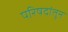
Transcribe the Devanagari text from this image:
परिषदांतून